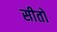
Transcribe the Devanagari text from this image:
सीतो